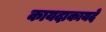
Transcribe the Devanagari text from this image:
कायदाकायदे